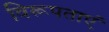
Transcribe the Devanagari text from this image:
विरूपताएं